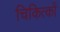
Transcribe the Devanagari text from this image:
चिकित्कों